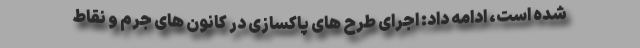
شده است، ادامه داد: اجرای طرح های پاکسازی در کانون های جرم و نقاط